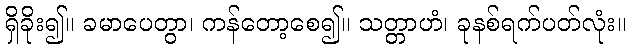
ရှိခိုး၍။ ခမာပေတွာ၊ ကန်တော့စေ၍။ သတ္တာဟံ၊ ခုနစ်ရက်ပတ်လုံး။